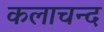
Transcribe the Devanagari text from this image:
कलाचन्द